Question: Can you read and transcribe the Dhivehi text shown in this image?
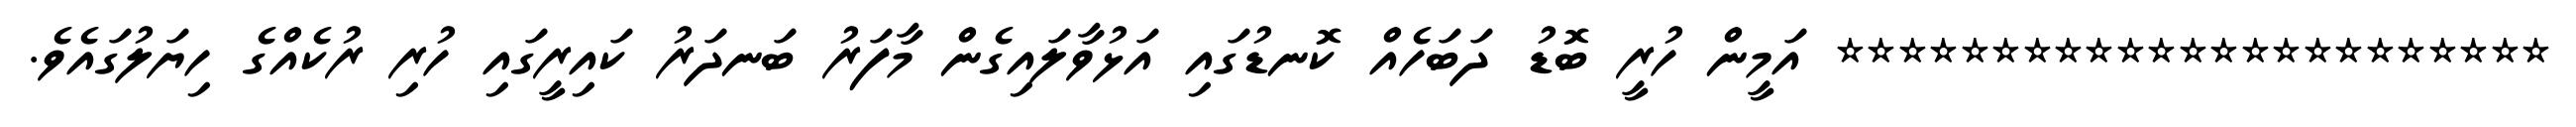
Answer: *********************** އަމީން ހުރީ ބޮޑު ދަބަހެއް ކޮނޑުގައި އަޅުވާލައިގެން މާފަރު ބަނދަރު ކައިރީގައި ހުރި ރުކެއްގެ ހިޔަލުގައެވެ.